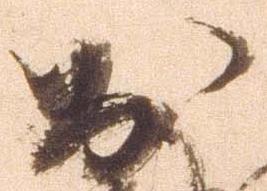
於